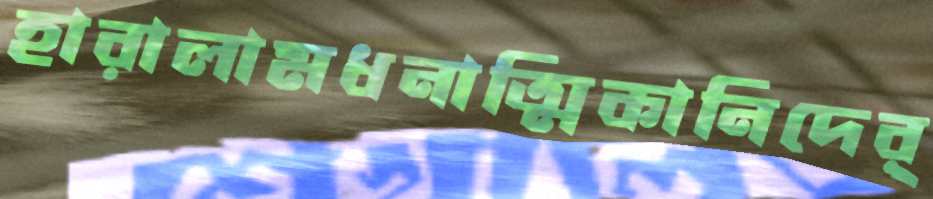
হারালামধনাত্মিকানিদের্